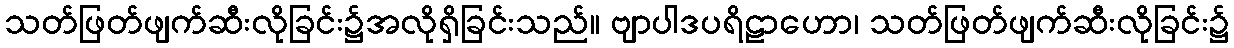
သတ်ဖြတ်ဖျက်ဆီးလိုခြင်း၌အလိုရှိခြင်းသည်။ ဗျာပါဒပရိဠာဟော၊ သတ်ဖြတ်ဖျက်ဆီးလိုခြင်း၌